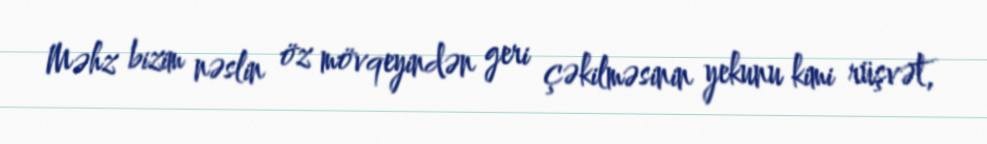
Məhz bizim nəslin öz mövqeyindən geri çəkilməsinin yekunu kimi rüşvət,